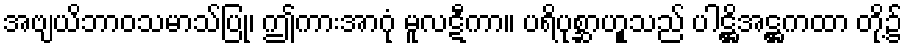
အဗျယိဘာဝသမာသ်ပြု၊ ဤကားအာဂုံ မူလဋီကာ။ ပရိပုစ္ဆာဟူုသည် ပါဋ္ဌိအဋ္ဌကထာ တို့၌